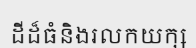
ដីដ៏ធំនិងរលកយក្ស